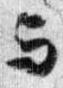
与